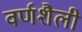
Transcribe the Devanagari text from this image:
वर्णशैली